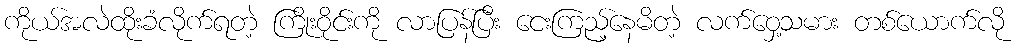
ကိုယ်အလဲထိုးခံလိုက်ရတဲ့ ကြိုးဝိုင်းကို လာပြန်ပြီး ငေးကြည့်နေမိတဲ့ လက်ဝှေ့သမား တစ်ယောက်လို